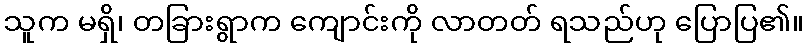
သူက မရှိ၊ တခြားရွာက ကျောင်းကို လာတတ် ရသည်ဟု ပြောပြ၏။